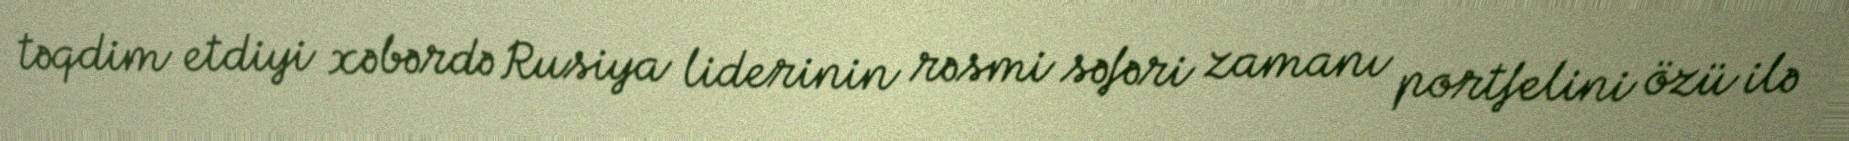
təqdim etdiyi xəbərdə Rusiya liderinin rəsmi səfəri zamanı portfelini özü ilə